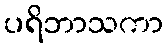
ပရိဘာသကာ